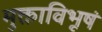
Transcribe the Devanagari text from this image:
मुक्ताविभूषं